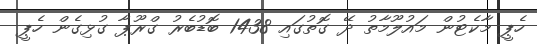
ހެޕީ މާކެޓުން މައުލޫމާތު ދޭ ގޮތުގައި 1438 ބޮޑުބެރު ގްރޫޕާ ގުޅިގެން ހެޕީ